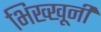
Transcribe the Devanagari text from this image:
भिख्खूनी